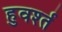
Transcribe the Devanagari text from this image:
हुवर्श्त